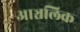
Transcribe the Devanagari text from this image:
आञ्चलिक